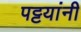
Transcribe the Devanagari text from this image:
पट्टयांनी